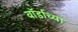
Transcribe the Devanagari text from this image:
वॉर्डाच्या